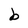
Character: b